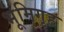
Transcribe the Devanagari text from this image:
भूमिगृह